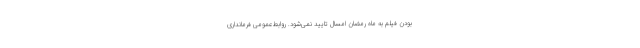
بودن فیلم به ماه رمضان امسال تایید نمی‌شود. روابط‌عمومی فرمانداری